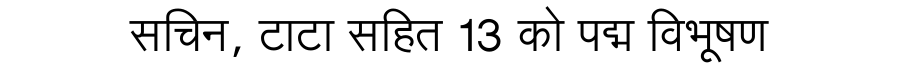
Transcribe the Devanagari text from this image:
सचिन, टाटा सहित 13 को पद्म विभूषण